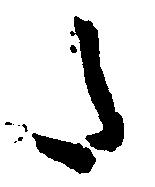
た